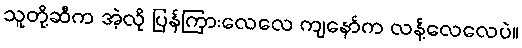
သူတို့ဆီက အဲ့လို ပြန်ကြားလေလေ ကျနော်က လန့်လေလေပဲ။